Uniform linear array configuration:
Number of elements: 24
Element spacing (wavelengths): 0.25
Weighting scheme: hamming
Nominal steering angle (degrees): -15
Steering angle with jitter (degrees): -13.108
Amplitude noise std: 0.05
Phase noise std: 0.05

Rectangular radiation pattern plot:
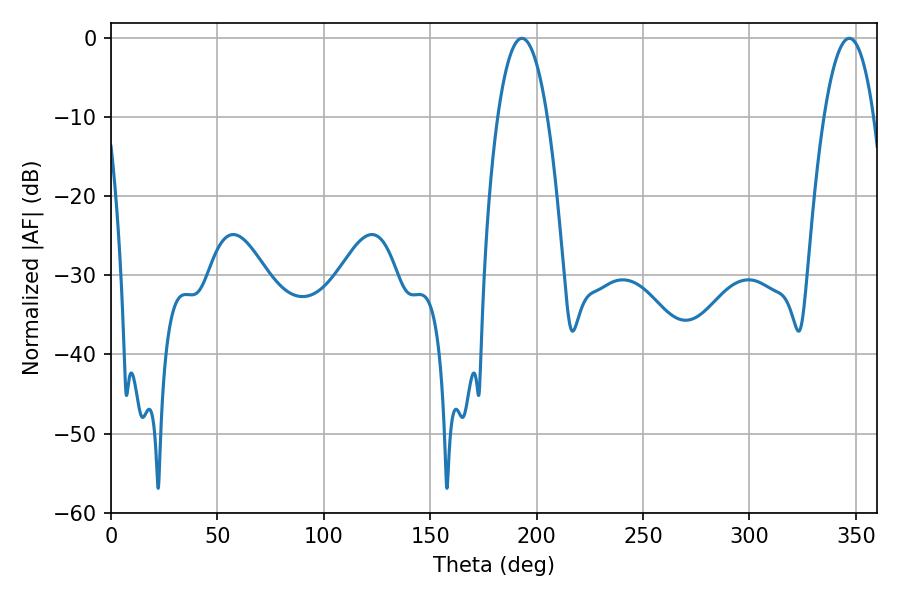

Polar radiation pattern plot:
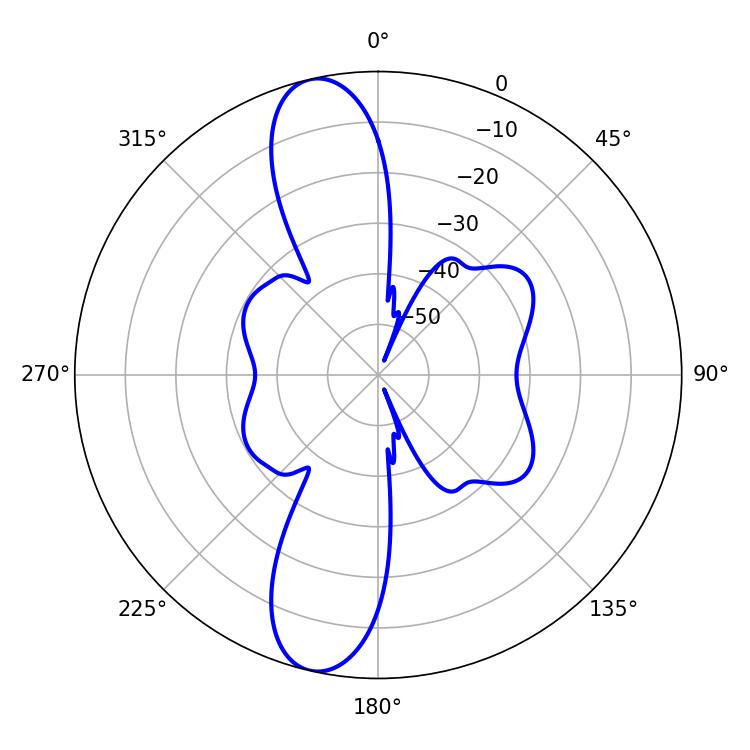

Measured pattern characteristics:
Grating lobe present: FALSE
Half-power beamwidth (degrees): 12.96
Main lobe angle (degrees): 193.14